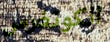
الكونغرس